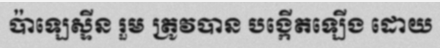
ប៉ាឡេស្ទីន រួម ត្រូវបាន បង្កើតឡើង ដោយ